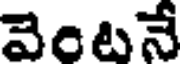
వెంటనే